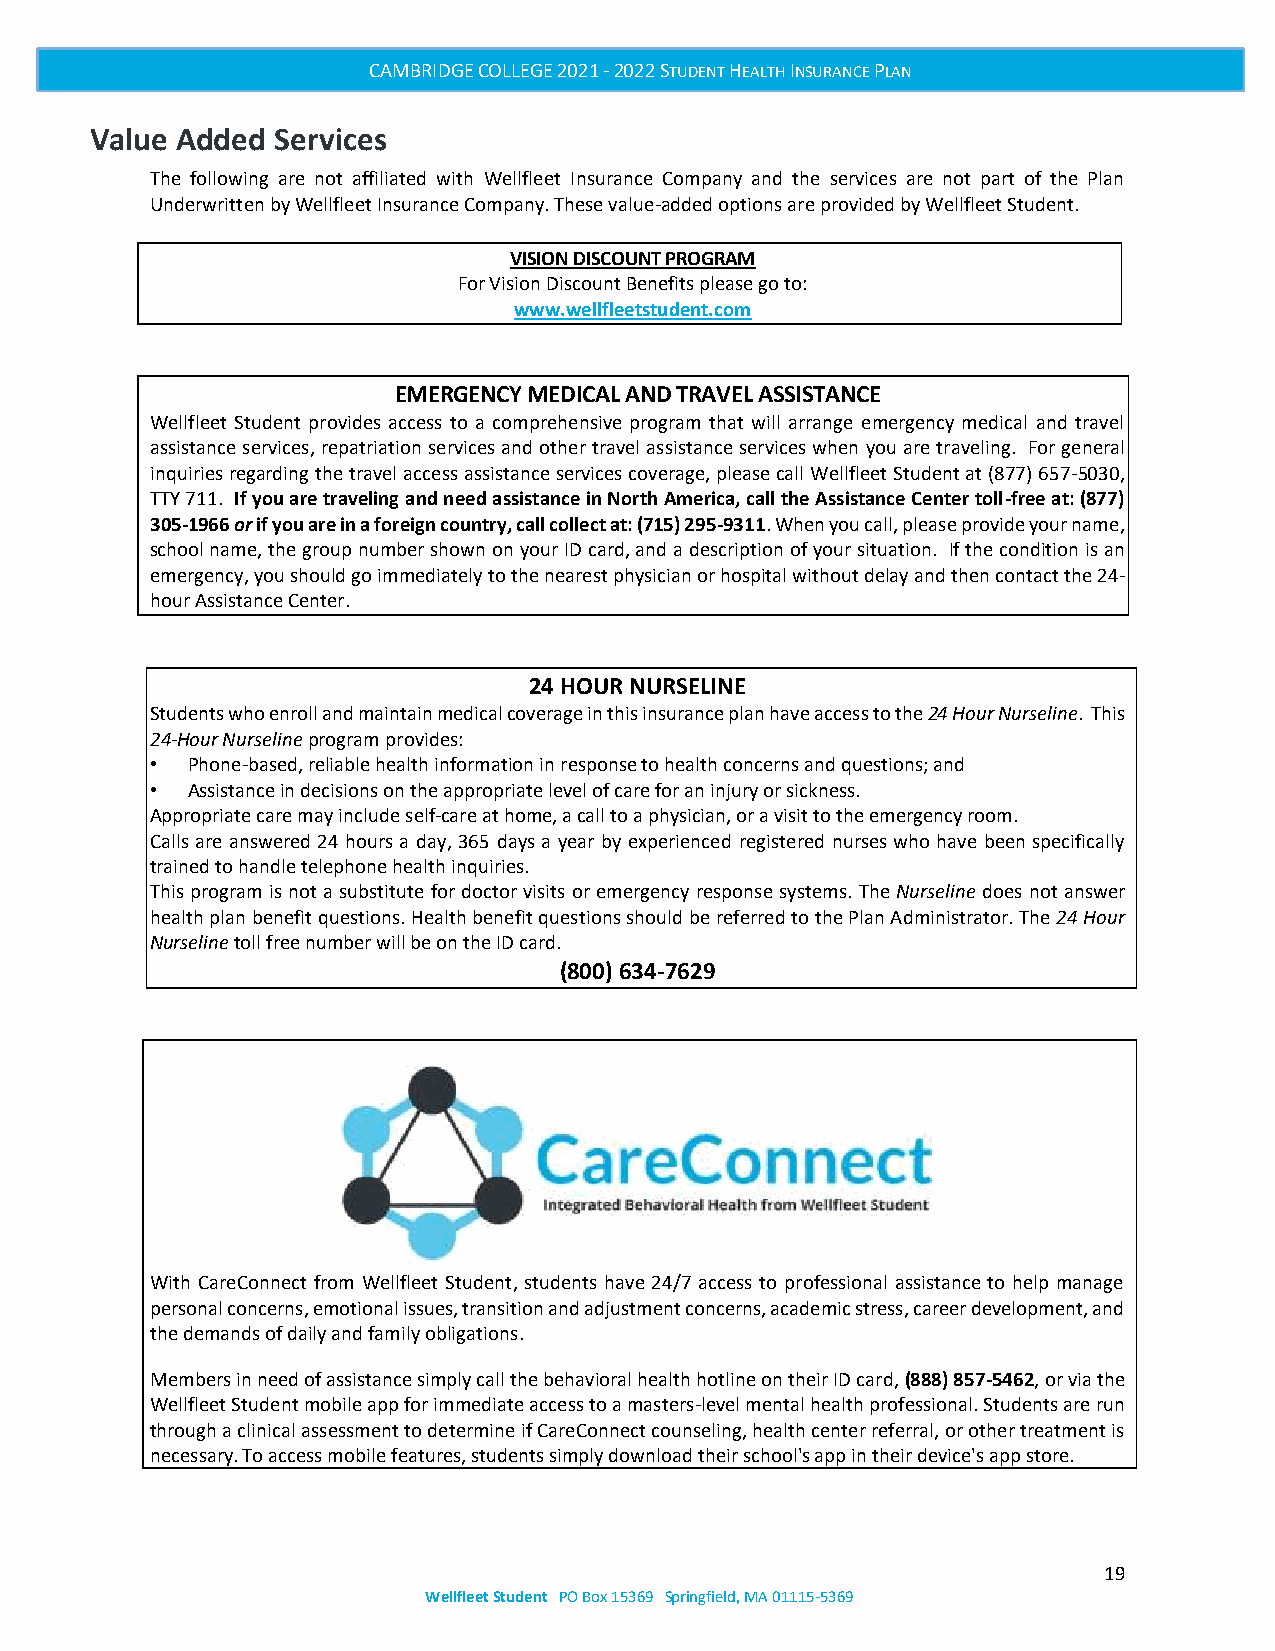
CAMBRIDGE COLLEGE 2021 - 2022 STUDENT HEALTH INSURANCE PLAN
 Value Added Services
 The following are not affiliated with Wellfleet Insurance Company and the services are not part of the Plan
 Underwritten by Wellfleet Insurance Company. These value-added options are provided by Wellfleet Student.
 VISION DISCOUNT PROGRAM
 For Vision Discount Benefits please go to:
 www.wellfleetstudent.com
 EMERGENCY MEDICAL AND TRAVEL ASSISTANCE
 Wellfleet Student provides access to a comprehensive program that will arrange emergency medical and travel
 assistance services, repatriation services and other travel assistance services when you are traveling. For general
 inquiries regarding the travel access assistance services coverage, please call Wellfleet Student at (877) 657-5030,
 TTY 711. If you are traveling and need assistance in North America, call the Assistance Center toll-free at: (877)
 305-1966 or if you are in a foreign country, call collect at: (715) 295-9311. When you call, please provide your name,
 school name, the group number shown on your ID card, and a description of your situation. If the condition is an
 emergency, you should go immediately to the nearest physician or hospital without delay and then contact the 24-
 hour Assistance Center.
 24 HOUR NURSELINE
 Students who enroll and maintain medical coverage in this insurance plan have access to the 24 Hour Nurseline. This
 24-Hour Nurseline program provides:
 • Phone-based, reliable health information in response to health concerns and questions; and
 • Assistance in decisions on the appropriate level of care for an injury or sickness.
 Appropriate care may include self-care at home, a call to a physician, or a visit to the emergency room.
 Calls are answered 24 hours a day, 365 days a year by experienced registered nurses who have been specifically
 trained to handle telephone health inquiries.
 This program is not a substitute for doctor visits or emergency response systems. The Nurseline does not answer
 health plan benefit questions. Health benefit questions should be referred to the Plan Administrator. The 24 Hour
 Nurseline toll free number will be on the ID card.
 (800) 634-7629
 With CareConnect from Wellfleet Student, students have 24/7 access to professional assistance to help manage
 personal concerns, emotional issues, transition and adjustment concerns, academic stress, career development, and
 the demands of daily and family obligations.
 Members in need of assistance simply call the behavioral health hotline on their ID card, (888) 857-5462, or via the
 Wellfleet Student mobile app for immediate access to a masters-level mental health professional. Students are run
 through a clinical assessment to determine if CareConnect counseling, health center referral, or other treatment is
 necessary. To access mobile features, students simply download their school's app in their device's app store.
 19
 Wellfleet Student PO Box 15369 Springfield, MA 01115-5369